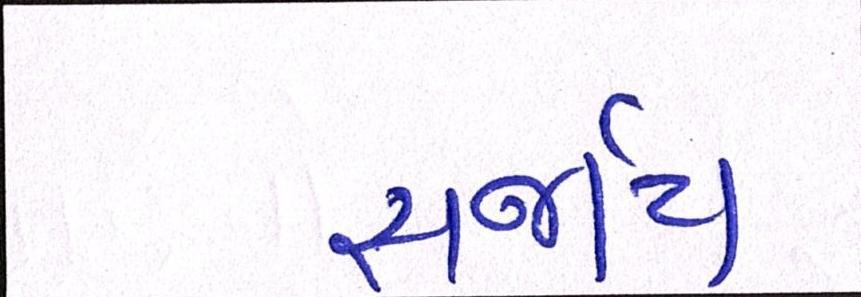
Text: સર્જાય